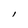
Character: l